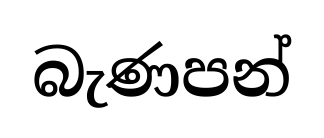
බැණපන්